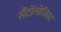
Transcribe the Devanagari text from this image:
सैंटॉलोजिस्ट